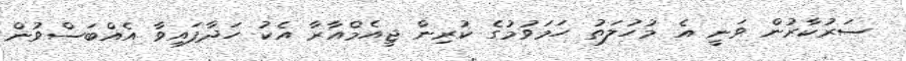
ސަރުކާރުން ވަނީ އެ މުހުލަތު ހަމަވުމުގެ ކުރިން ޖީއެމްއާރާ އެކު ހަދާފައިވާ އެއްބަސްވުން